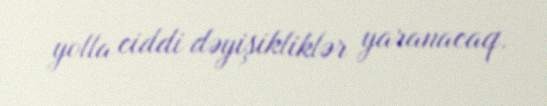
yolla ciddi dəyişikliklər yaranacaq.